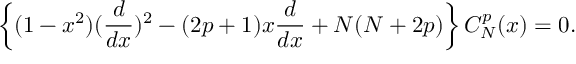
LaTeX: \left\{ ( 1 - x ^ { 2 } ) ( { \frac { d } { d x } } ) ^ { 2 } - ( 2 p + 1 ) x { \frac { d } { d x } } + N ( N + 2 p ) \right\} C _ { N } ^ { p } ( x ) = 0 .